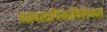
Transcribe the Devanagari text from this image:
व्यावसायिकांविरोधात